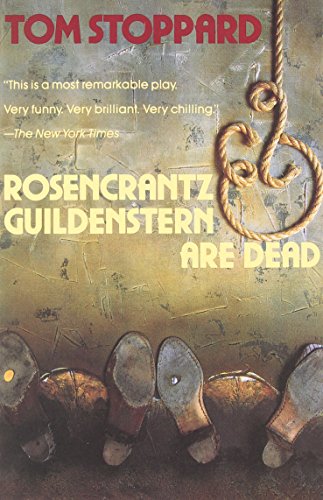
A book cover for Rosencrantz and Guildenstern Are Dead; Tom Stoppard; Humor & Entertainment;